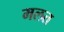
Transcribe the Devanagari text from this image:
मलत